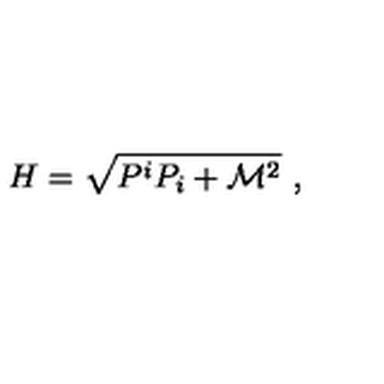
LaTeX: H = \sqrt { P ^ { i } P _ { i } + \mathcal { M } ^ { 2 } } \ ,